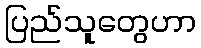
ပြည်သူတွေဟာ